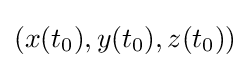
(x(t_{0}),y(t_{0}),z(t_{0}))